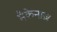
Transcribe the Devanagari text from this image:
मैकेनाज़